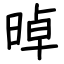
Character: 晫